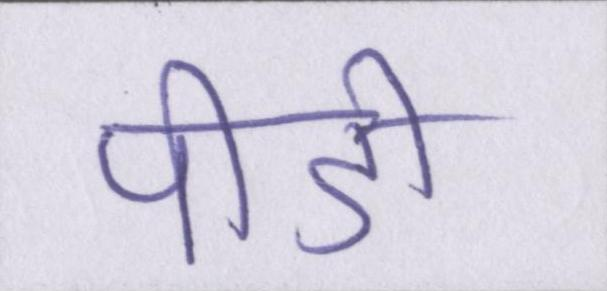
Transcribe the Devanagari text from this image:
पीडी